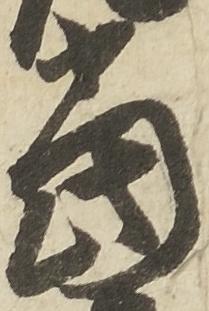
当